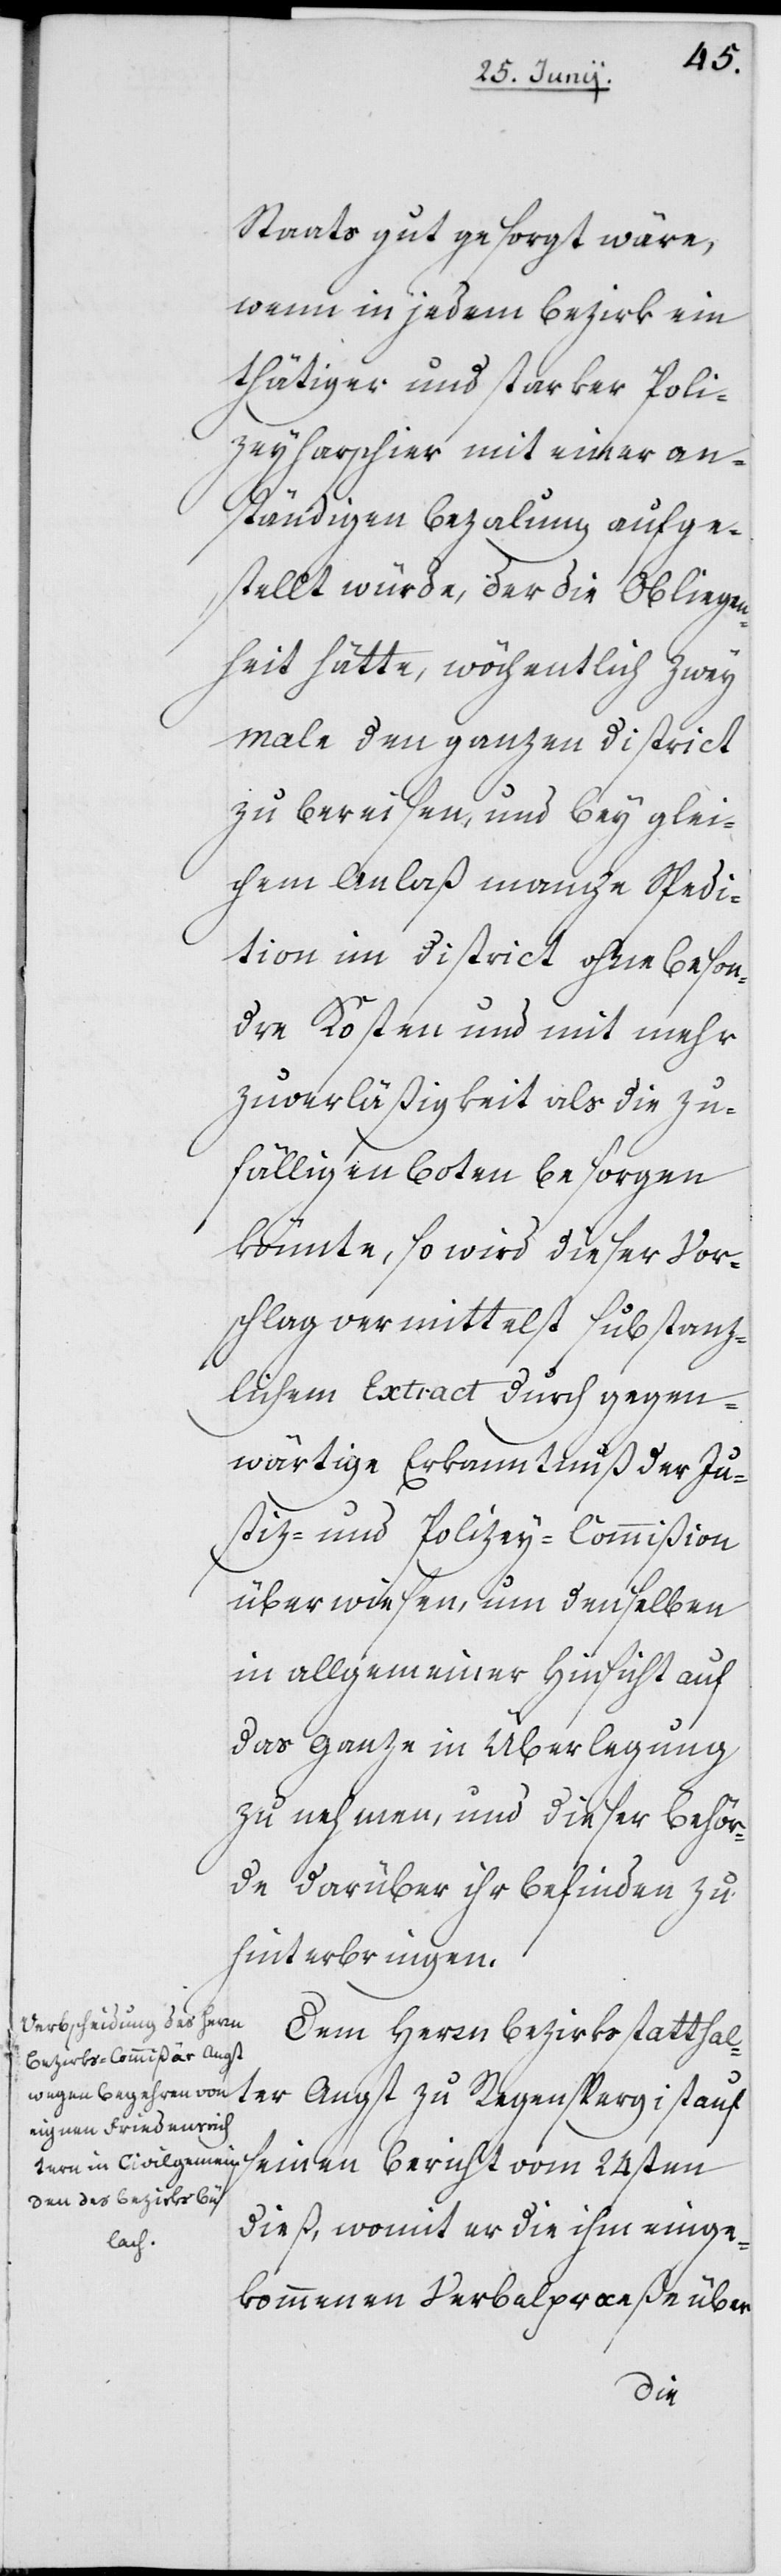
Staats gut gesorgt wäre,
wenn in jedem Bezirk ein
tätiger und starker Polize¬
yharschier mit einer an¬
ständigen Bezalung aufge¬
stellt würde, der die Obliegen¬
heit hätte, wöchentlich zwey
Male den ganzen District
zu bereisen, und bey glei¬
chem Anlaß manche Spedi¬
tion im District ohne beson¬
dre Kosten und mit mehr
Zuverläßigkeit als die zu¬
fälligen Boten besorgen
könnte, so wird dieser Vor¬
schlag vermittelst substanz¬
lichem Extract durch gegen¬
wärtige Erkanntnuß der Ju¬
stiz- und Polizey-Commißion
überwiesen, um denselben
in allgemeiner Hinsicht auf
das Ganze in Überlegung
zu nehmen, und dieser Behör¬
de darüber ihr Befinden zu
hinterbringen.
Dem Herrn Bezirksstatthal¬
ter Angst zu Regensperg ist auf
seinen Bericht vom 24sten
dieß, womit er die ihm einge¬
kommenen Verbalpoceße über